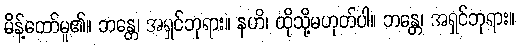
မိန့်တော်မူ၏။ ဘန္တေ၊ အရှင်ဘုရား။ နဟိ၊ ထိုသို့မဟုတ်ပါ။ ဘန္တေ၊ အရှင်ဘုရား။